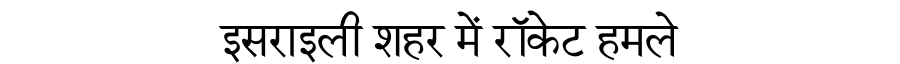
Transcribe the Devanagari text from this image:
इसराइली शहर में रॉकेट हमले